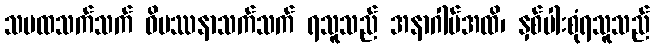
သမထသက်သက် ဝိပဿနာသက်သက် ရသူသည် အနာဂါမ်အထိ၊ နှစ်ပါးစုံရသူသည်